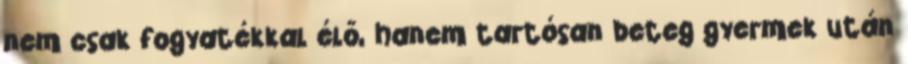
nem csak fogyatékkal élő, hanem tartósan beteg gyermek után